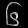
Digit: ၆